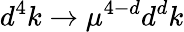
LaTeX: d^{4}k\to\mu^{4-d}d^{d}k